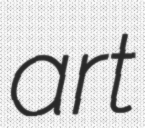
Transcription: art